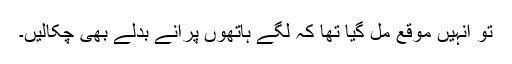
تو انہیں موقع مل گیا تھا کہ لگے ہاتھوں پرانے بدلے بھی چکالیں۔